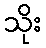
သိုး